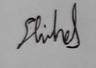
Signature authenticity: genuine